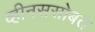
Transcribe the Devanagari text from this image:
व्हीनससोबत